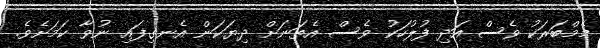
މެމްބަރަކު ވެސް އަދި ފުލުހަކު ވެސް އެތަނަށް ދިޔަކަން އެނގިފައި ނުވާ ކަމަށެވެ.